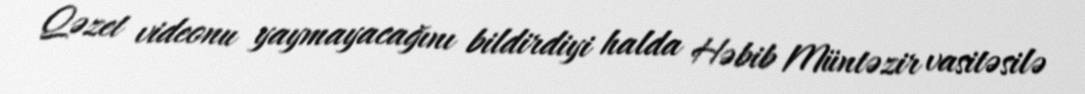
Qəzet videonu yaymayacağını bildirdiyi halda Həbib Müntəzir vasitəsilə